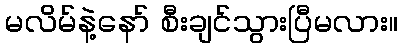
မလိမ်နဲ့နော် စီးချင်သွားပြီမလား။